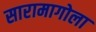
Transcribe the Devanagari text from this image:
सारामागोला